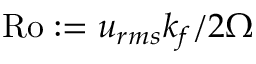
\mathrm { R o } : = u _ { r m s } k _ { f } / 2 \Omega